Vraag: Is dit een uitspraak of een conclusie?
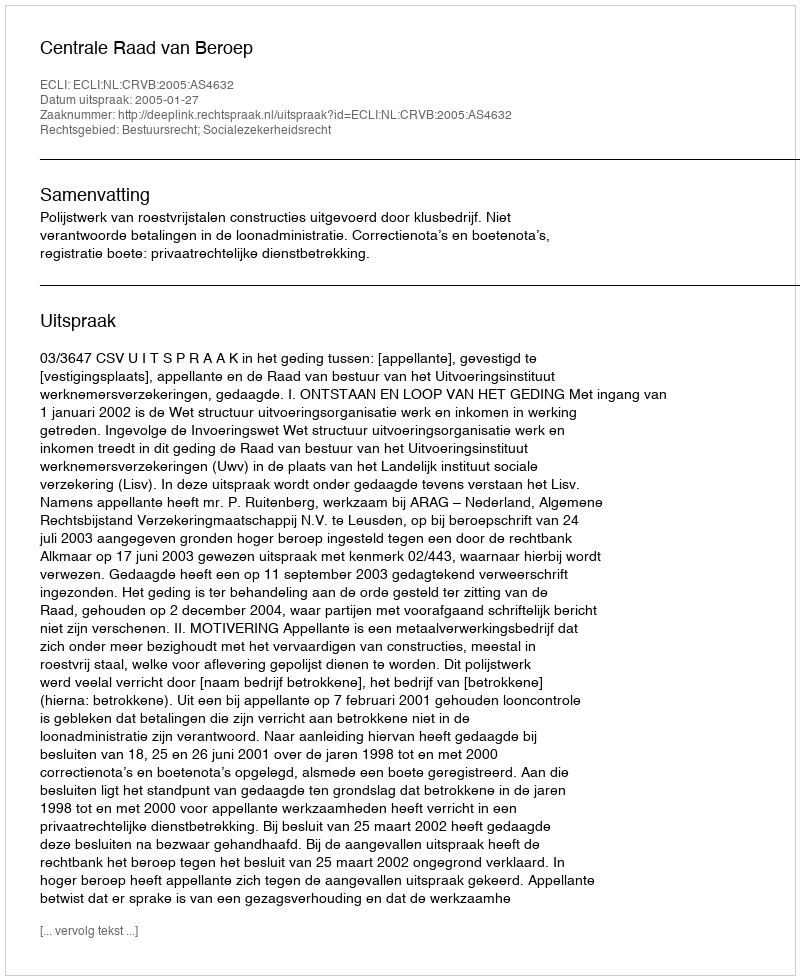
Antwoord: Uitspraak